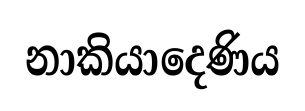
නාකියාදෙණිය